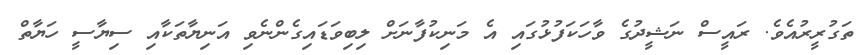
ތަގުރީރުއެވެ. ރައީސް ނަޝީދުގެ ވާހަކަފުޅުގައި އެ މަނިކުފާނަށް ލިބިވަޑައިގެންނެވި އަނިޔާތަކާއި ސިޔާސީ ހަޔާތް